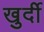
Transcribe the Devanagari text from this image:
खुर्दी